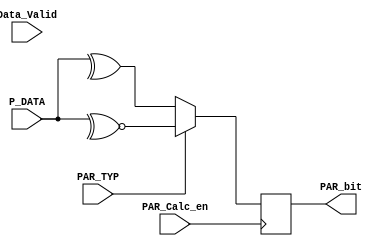
module Par_Calc (
    input wire PAR_TYP,
    input wire Data_Valid,
    input wire PAR_Calc_en,
    input wire [7:0] P_DATA ,
    output reg PAR_bit
    
);

reg [7:0] P_Data_reg;

always @(posedge PAR_Calc_en )
 begin
    
        
        P_Data_reg=P_DATA;
        if (PAR_TYP) 
        begin
        //1 :odd parity
            PAR_bit=~^P_Data_reg; 
        end
        else 
        //0 :even parity
        PAR_bit=^P_Data_reg; 


end
    
endmodule